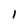
Character: I